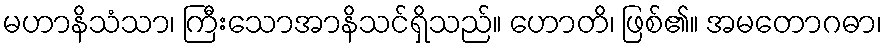
မဟာနိသံသာ၊ ကြီးသောအာနိသင်ရှိသည်။ ဟောတိ၊ ဖြစ်၏။ အမတောဂဓာ၊